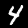
Digit: 4